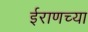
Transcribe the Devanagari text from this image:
ईराणच्या